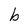
Character: b